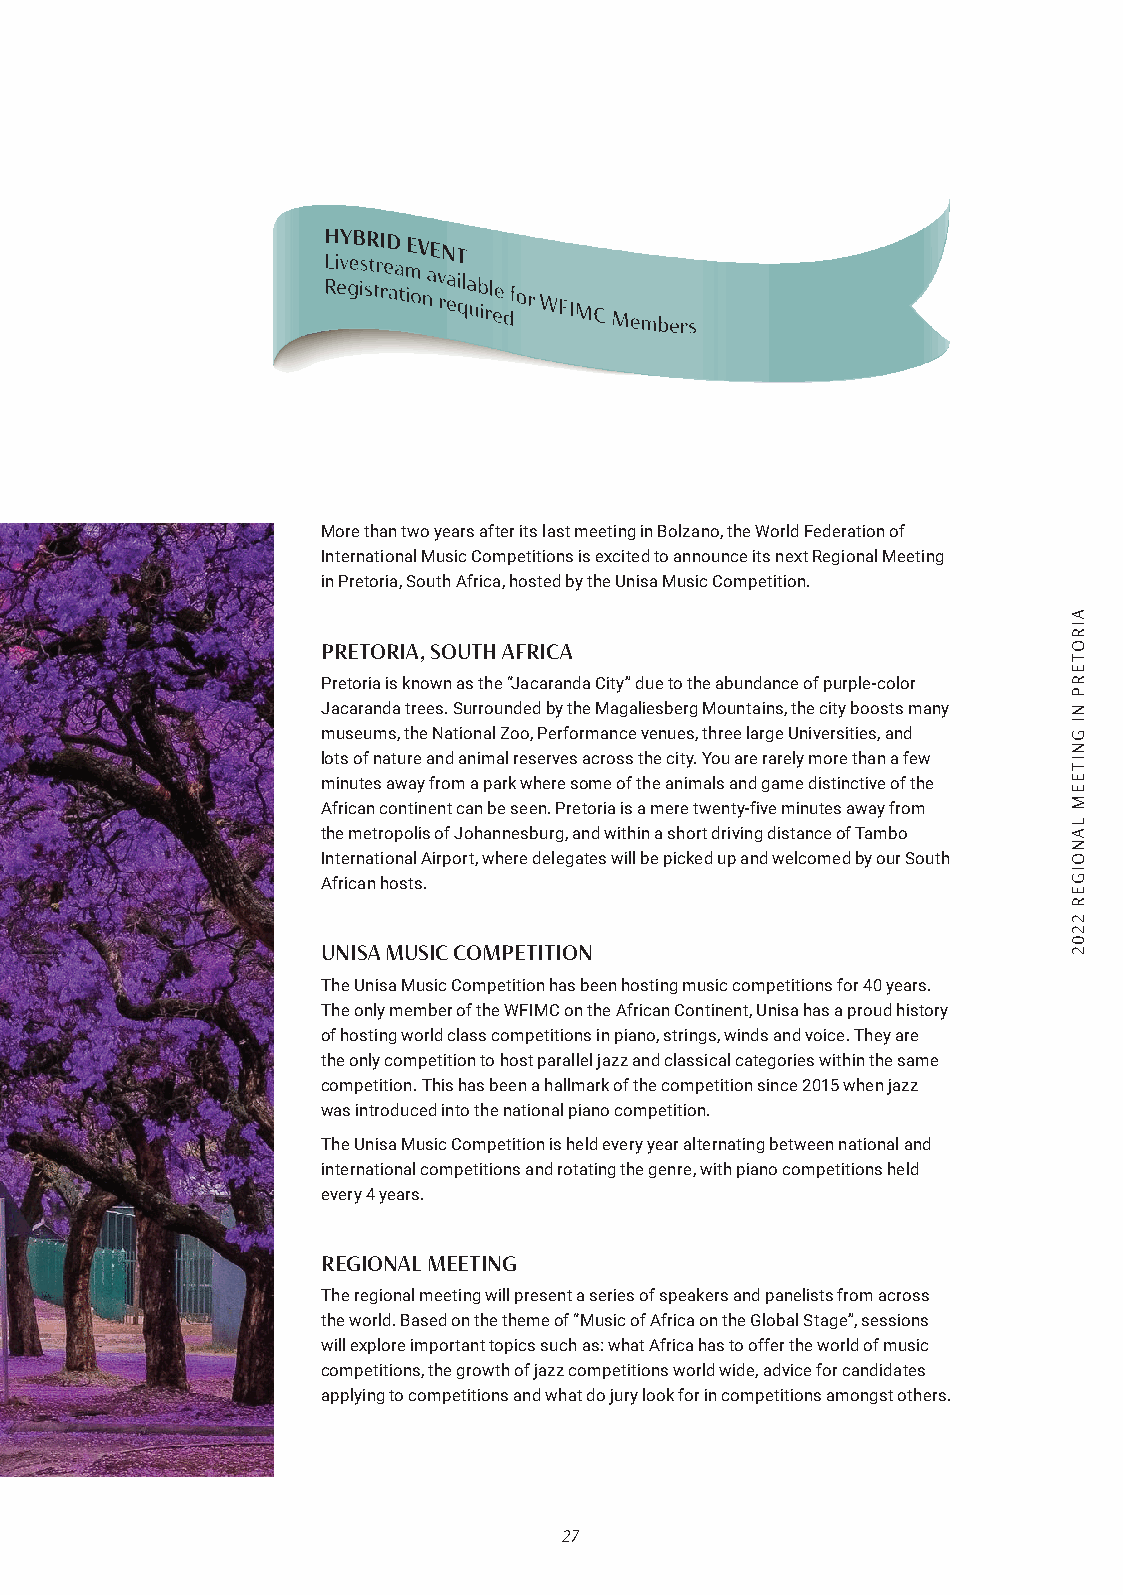
More than two years after its last meeting in Bolzano, the World Federation of
 International Music Competitions is excited to announce its next Regional Meeting
 in Pretoria, South Africa, hosted by the Unisa Music Competition.
 PRETORIA, SOUTH AFRICA
 Pretoria is known as the “Jacaranda City” due to the abundance of purple-color
 Jacaranda trees. Surrounded by the Magaliesberg Mountains, the city boosts many
 museums, the National Zoo, Performance venues, three large Universities, and
 lots of nature and animal reserves across the city. You are rarely more than a few
 minutes away from a park where some of the animals and game distinctive of the
 African continent can be seen. Pretoria is a mere twenty-five minutes away from
 the metropolis of Johannesburg, and within a short driving distance of Tambo
 International Airport, where delegates will be picked up and welcomed by our South
 African hosts.
 UNISA MUSIC COMPETITION
 The Unisa Music Competition has been hosting music competitions for 40 years.
 The only member of the WFIMC on the African Continent, Unisa has a proud history
 of hosting world class competitions in piano, strings, winds and voice. They are
 the only competition to host parallel jazz and classical categories within the same
 competition. This has been a hallmark of the competition since 2015 when jazz
 was introduced into the national piano competition.
 The Unisa Music Competition is held every year alternating between national and
 international competitions and rotating the genre, with piano competitions held
 every 4 years.
 REGIONAL MEETING
 The regional meeting will present a series of speakers and panelists from across
 the world. Based on the theme of “Music of Africa on the Global Stage”, sessions
 will explore important topics such as: what Africa has to offer the world of music
 competitions, the growth of jazz competitions world wide, advice for candidates
 applying to competitions and what do jury look for in competitions amongst others.
 27
 AIROTERP
 NI
 GNITEEM
 LANOIGER
 2202